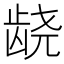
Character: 𱌰